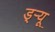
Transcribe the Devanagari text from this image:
ड्‌ऱ्यू